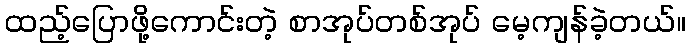
ထည့်ပြောဖို့ကောင်းတဲ့ စာအုပ်တစ်အုပ် မေ့ကျန်ခဲ့တယ်။